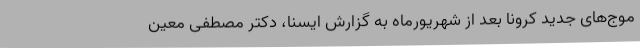
موج‌های جدید کرونا بعد از شهریورماه به گزارش ایسنا، دکتر مصطفی معین